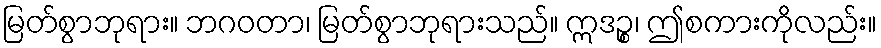
မြတ်စွာဘုရား။ ဘဂဝတာ၊ မြတ်စွာဘုရားသည်။ ဣဒဉ္စ၊ ဤစကားကိုလည်း။